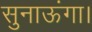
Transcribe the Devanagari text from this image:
सुनाऊंगा।